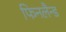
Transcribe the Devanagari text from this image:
फिनलैन्ड